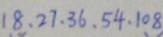
1 8 , 2 7 , 3 6 , 5 4 , 1 0 8